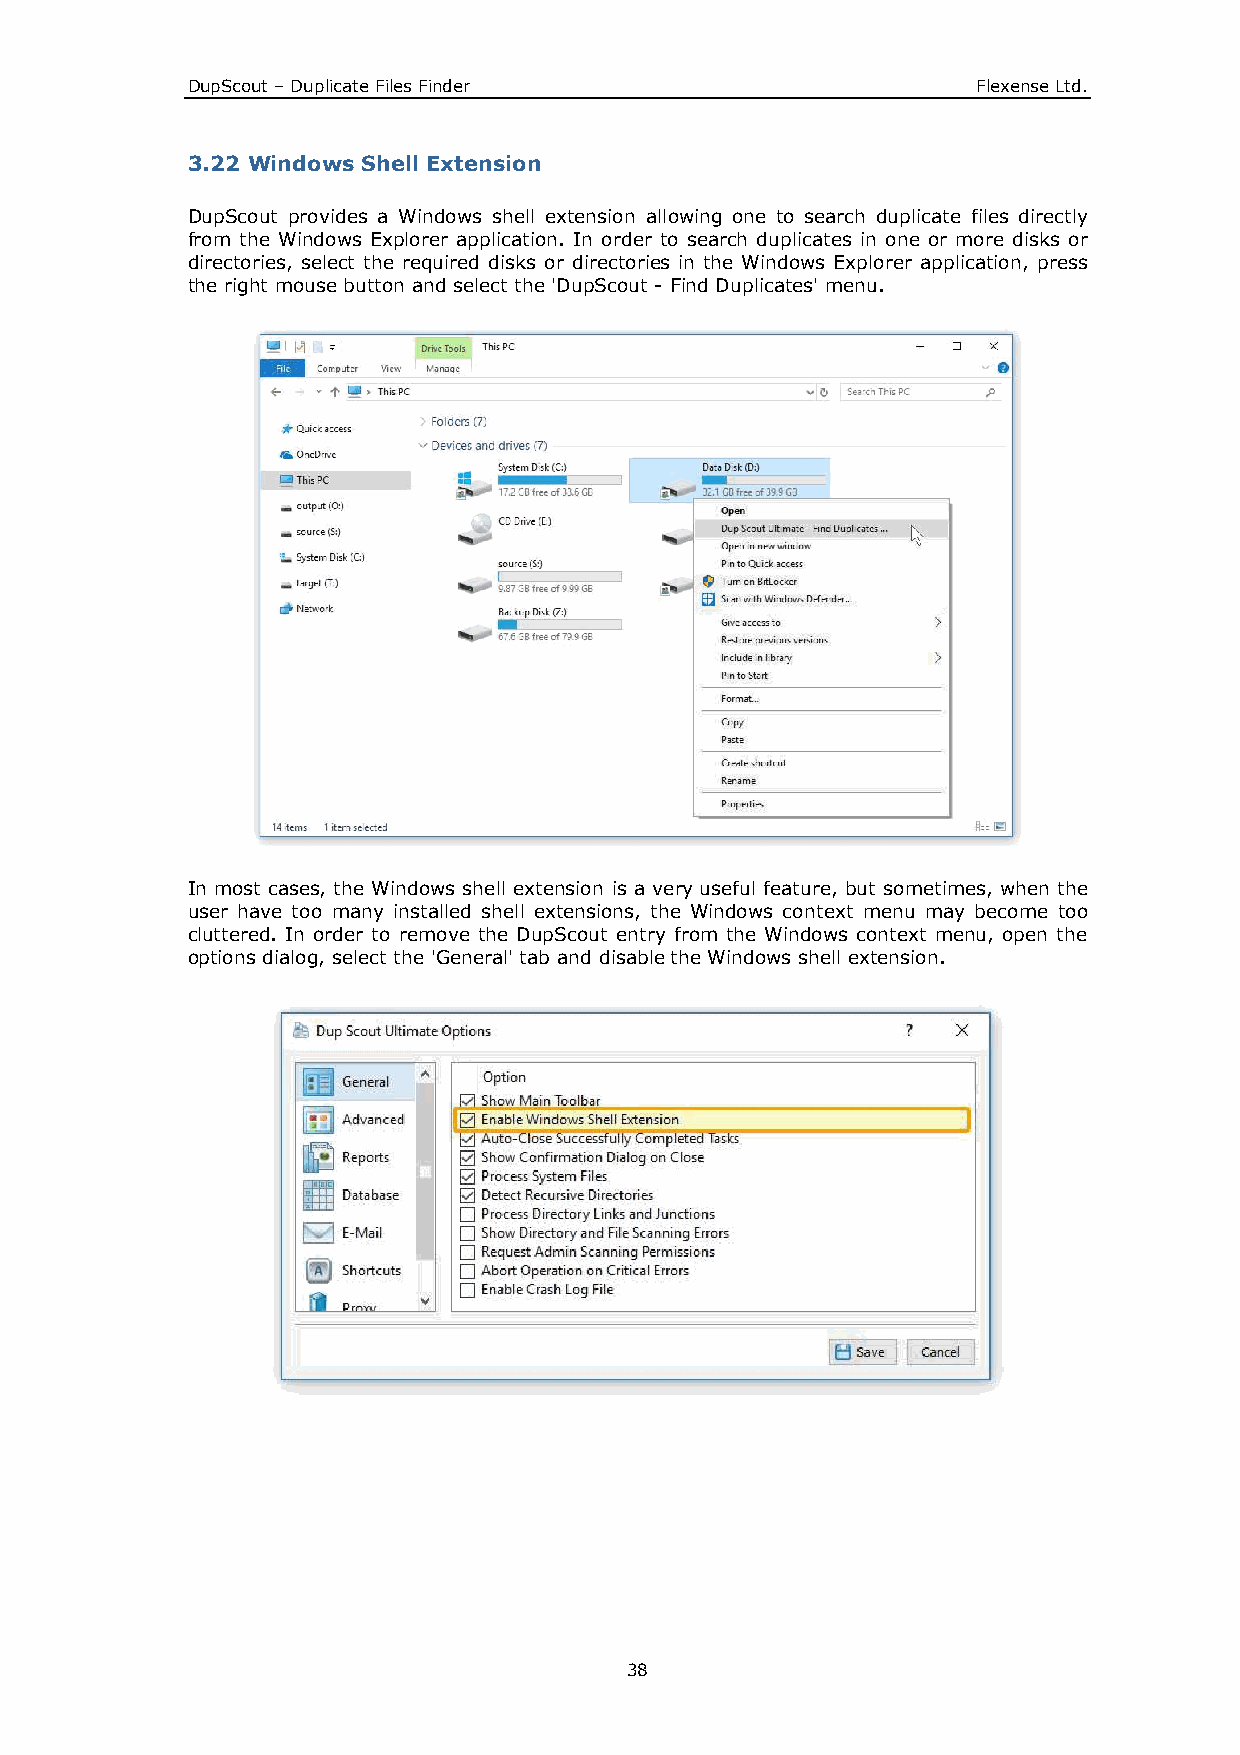
DupScout – Duplicate Files Finder                    Flexense Ltd.
 3.22 Windows Shell Extension
 DupScout provides a Windows shell extension allowing one to search duplicate files directly
 from the Windows Explorer application. In order to search duplicates in one or more disks or
 directories, select the required disks or directories in the Windows Explorer application, press
 the right mouse button and select the 'DupScout - Find Duplicates' menu.
 In most cases, the Windows shell extension is a very useful feature, but sometimes, when the
 user have too many installed shell extensions, the Windows context menu may become too
 cluttered. In order to remove the DupScout entry from the Windows context menu, open the
 options dialog, select the 'General' tab and disable the Windows shell extension.
 38